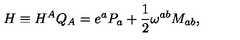
H \equiv H ^ { A } Q _ { A } = e ^ { a } P _ { a } + \frac { 1 } { 2 } \omega ^ { a b } M _ { a b } ,